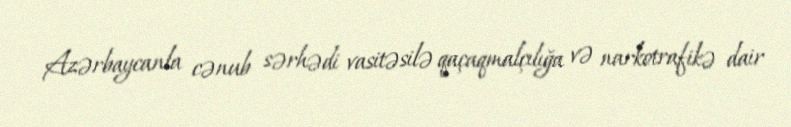
Azərbaycanla cənub sərhədi vasitəsilə qaçaqmalçılığa və narkotrafikə dair